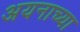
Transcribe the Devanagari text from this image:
अयनाच्या